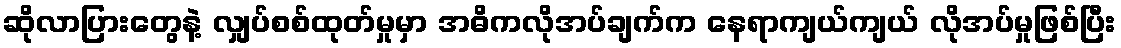
ဆိုလာပြားတွေနဲ့ လျှပ်စစ်ထုတ်မှုမှာ အဓိကလိုအပ်ချက်က နေရာကျယ်ကျယ် လိုအပ်မှုဖြစ်ပြီး